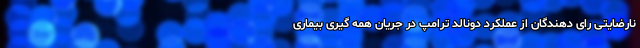
نارضایتی رای دهندگان از عملکرد دونالد ترامپ در جریان همه گیری بیماری